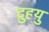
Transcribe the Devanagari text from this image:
द्रुुहयु